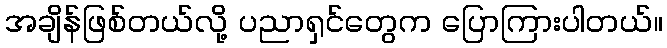
အချိန်ဖြစ်တယ်လို့ ပညာရှင်တွေက ပြောကြားပါတယ်။